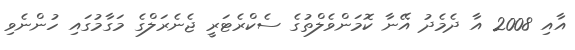
އާއި 2008 އާ ދެމެދު އޭނާ ކޮމަންވެލްތުގެ ސެކްރެޓަރީ ޖެނެރަލްގެ މަގާމުގައި ހުންނެވި